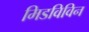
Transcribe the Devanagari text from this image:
मिडविविन